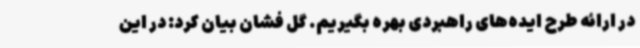
در ارائه طرح ایده‌های راهبردی بهره بگیریم. گل فشان بیان کرد: در این